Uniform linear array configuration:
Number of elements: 4
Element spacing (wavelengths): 0.5
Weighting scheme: uniform
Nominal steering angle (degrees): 30
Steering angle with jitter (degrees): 28.36
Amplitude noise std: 0.05
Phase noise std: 0.05

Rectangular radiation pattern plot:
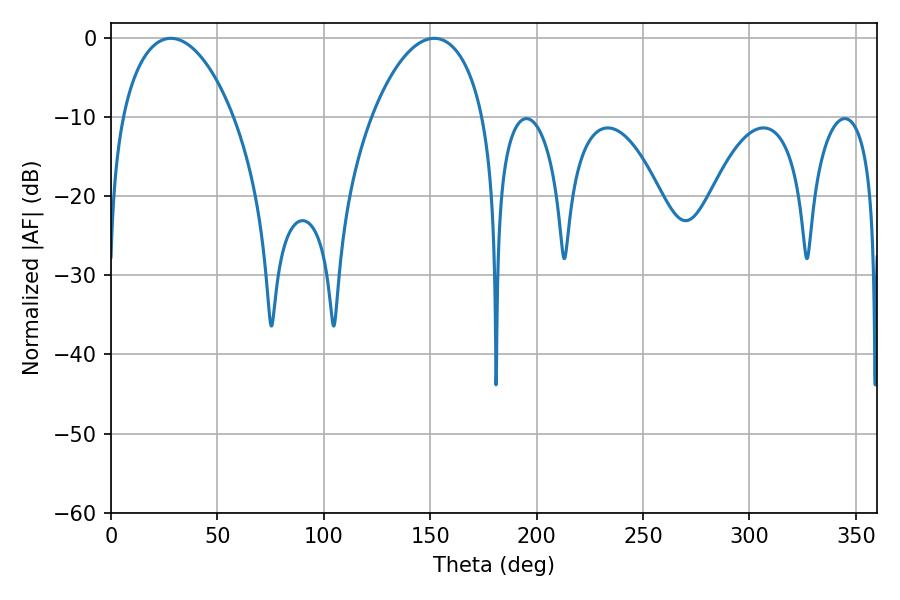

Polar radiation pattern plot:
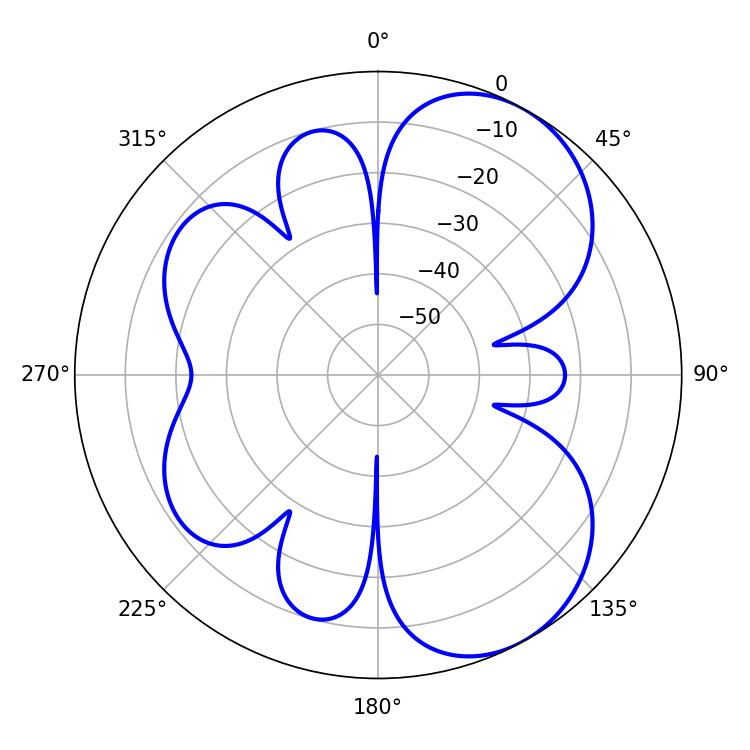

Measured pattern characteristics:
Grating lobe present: FALSE
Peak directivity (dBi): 6.343
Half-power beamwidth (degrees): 29.7
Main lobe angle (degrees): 28.08